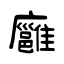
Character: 廱